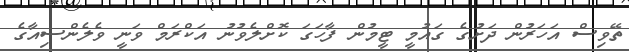
ތޭވިސް އަހަރުން ދަށުގެ ގައުމީ ޓީމުން ފާހަގަ ކޮށްލެވުނު އަކްރަމް ވަނީ ވެލެންސިއާގެ